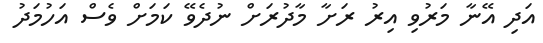
އަދި އޭނާ މަރުވި އިރު ރަށާ މާދުރަށް ނުދެވޭ ކަމަށް ވެސް އަހުމަދު